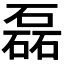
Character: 磊